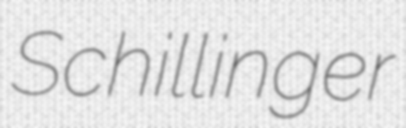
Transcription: Schillinger